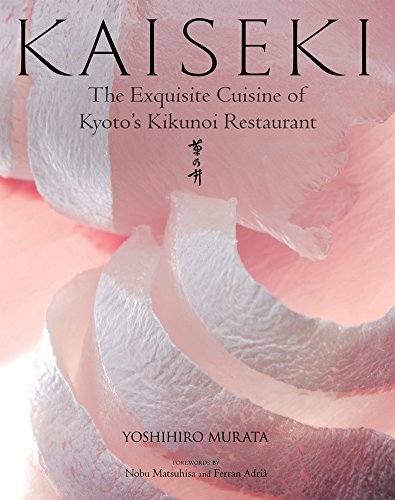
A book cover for Kaiseki: The Exquisite Cuisine of Kyoto's Kikunoi Restaurant; Yoshihiro Murata; Cookbooks, Food & Wine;